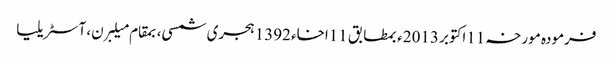
فرمودہ مورخہ 11اکتوبر 2013ء بمطابق 11اخاء 1392 ہجری شمسی، بمقام میلبرن، آسٹریلیا